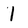
Character: l